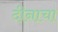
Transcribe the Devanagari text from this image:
दीनाचा